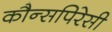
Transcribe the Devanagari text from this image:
कौन्सपिरेसी